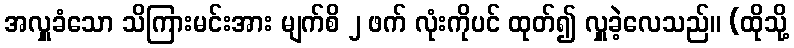
အလှူခံသော သိကြားမင်းအား မျက်စိ ၂ ဖက် လုံးကိုပင် ထုတ်၍ လှူခဲ့လေသည်။ (ထိုသို့